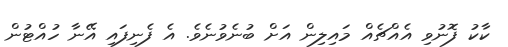
ކާކު ފޮނުވި އެއްޗެއް މައިލިން އަށް ބުނެވުނެވެ. އެ ފެނިފައި އޭނާ ހުއްޓުން